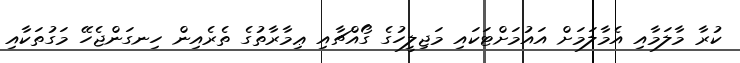
ކުރާ މާލަމާއި އެމާލަމަށް އައުމަށްޓަކައި މަޖިލީހުގެ ގޯއްޗާއި ޢިމާރާތުގެ ތެރެއިން ހިނގަންޖެހޭ މަގުތަކާއި